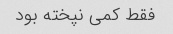
فقط کمی نپخته بود